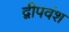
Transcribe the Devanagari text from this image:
द्वीपवंश